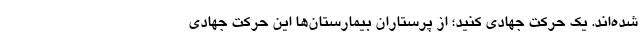
شده‌اند. یک حرکت جهادی کنید؛ از پرستاران بیمارستان‌ها این حرکت جهادی